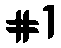
#1